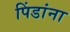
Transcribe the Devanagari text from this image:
पिंडांना